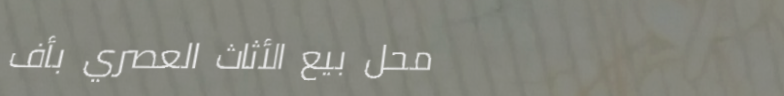
محل بيع الأثاث العصري بأف